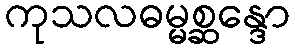
ကုသလဓမ္မစ္ဆန္ဒော